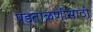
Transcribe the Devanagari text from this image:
पडताळणीसाठी